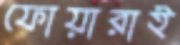
ফোয়ারাই